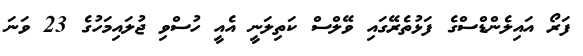
ފަރޯ އައިލެންޑްސްގެ ފަޅުތެރޭގައި ވޭލްސް ކަތިލަނީ އެއީ ހުސްވި ޖުލައިމަހުގެ 23 ވަނަ